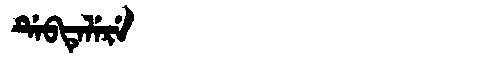
Manchu: ᡩᡝᠪᡨᡝᠯᡝᡵᡝ
Romanization: DEBTELERE